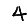
Digit: 4